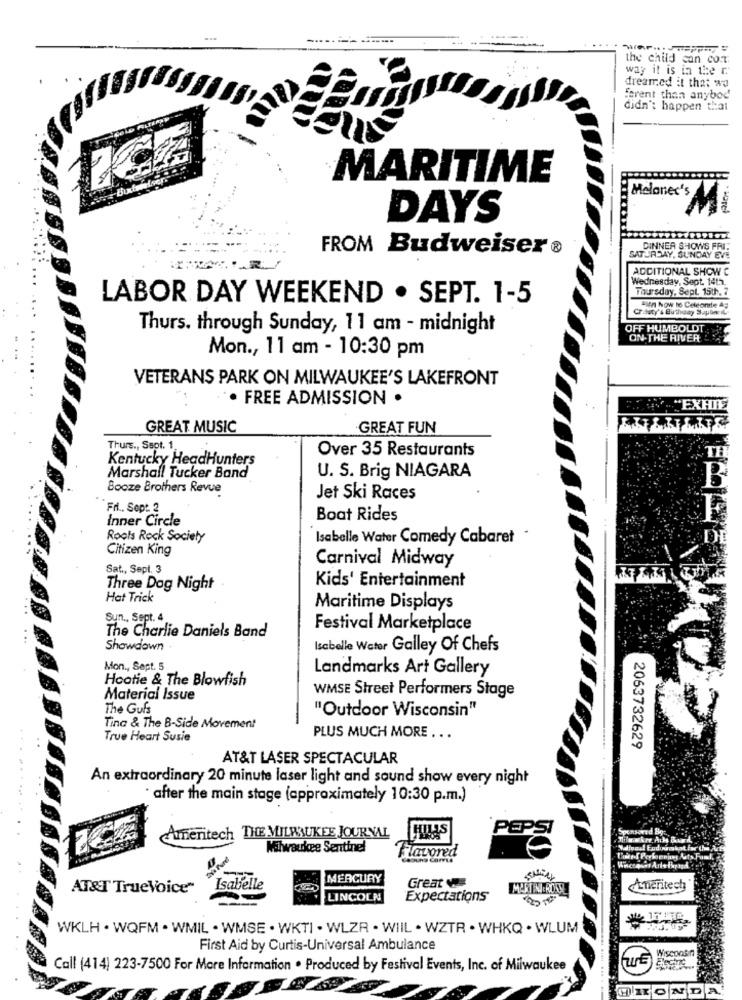
the child can cor
way it is in the C.
dreamed it that wa
ferent than anybod
didn't happen thai
MARITIME
M
DAYS
FROM Budweiser ®
DINNER SHOWS FRI
SATURDAY, SUNDAY EVE
ADDITIONAL SHOW C
Wednesday, Sept. 14th,
Thursday, Sept. 15th. 7
LABOR DAY WEEKEND . SEPT. 1-5
Crialaty's Birthday Sapbw L
Bien Now to Celeonte Ag
Thurs. through Sunday, 11 am - midnight
OFF HUMBOLDT.
ON-THE RIVER
Mon ., 11 am - 10:30 pm
VETERANS PARK ON MILWAUKEE'S LAKEFRONT
. FREE ADMISSION .
HOW"EXHIE
GREAT MUSIC
GREAT FUN
Thurs ., Ssot. 1.
Over 35 Restaurants
Kentucky HeadHunters
TE
Marshall Tucker Band
U. S. Brig NIAGARA
B
Booze Brothers Revue
Jet Ski Races
Fri ., Sept. 2
Inner Circle
Boat Rides
Roots Rock Society
Isabelle Water Comedy Cabaret .
Citizen King
Carnival Midway
Sat ., Sepl. 3
Kids' Entertainment
Three Dog Night
Hat Trick
Maritime Displays
Sun ., Sept. 4
Festival Marketplace
The Charlie Daniels Band
Showdown
Isabelle Water Galley Of Chefs
Mon ., Sept. 5
Landmarks Art Gallery
Hootie & The Blowfish
WMSE Street Performers Stage
Material Issue
The Gufs
"Outdoor Wisconsin"
Tina & The B-Side Movement
True Heart Susie
PLUS MUCH MORE ...
2063732629
AT&T LASER SPECTACULAR
An extraordinary 20 minute laser light and sound show every night
· after the main stage (approximately 10:30 p.m.)
Ameritech THE MILWAUKEE JOURNAL
PEPSI
Milwaukee Sentinel
Tavored
Winconsar Ante Period
MERCURY
Great
AT&T TrueVoice"
Isabelle
LINCOLN
Expectations
WKLH . WQFM . WMIL . WMSE . WKTI . WLZR . WIIL . WZTR . WHKQ . WLUM
First Aid by Curtis-Universal Ambulance
Wisconsin
Call (414) 223-7500 For More Information . Produced by Festival Events, Inc. of Milwaukee
HIIONDA